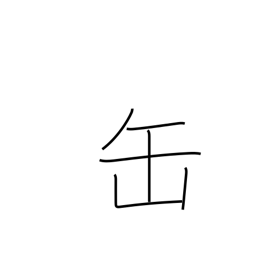
Meaning: tin can